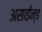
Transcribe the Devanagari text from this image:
असाईन्ड